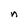
Character: n